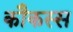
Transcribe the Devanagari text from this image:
कौकस्स